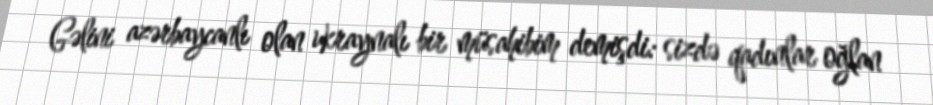
Gəlini azərbaycanlı olan ukraynalı bir müsahibim demişdi: sizdə qadınlar oğlan